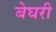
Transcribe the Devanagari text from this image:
बेघरी